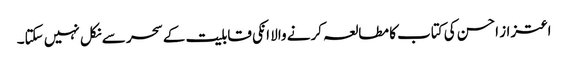
اعتزاز احسن کی کتاب کا مطالعہ کرنے والا انکی قابلیت کے سحر سے نکل نہیں سکتا۔